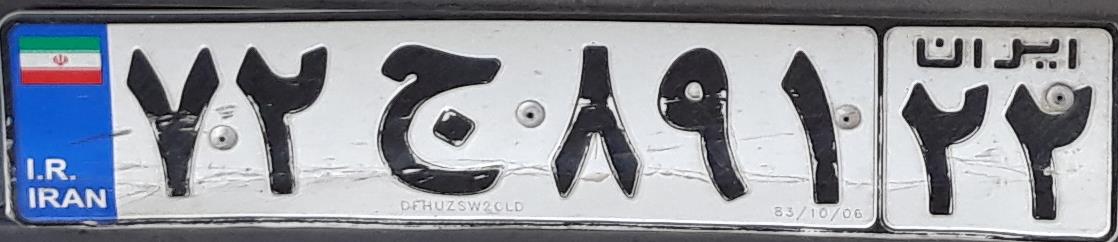
۷۲ج۸۹۱۲۲